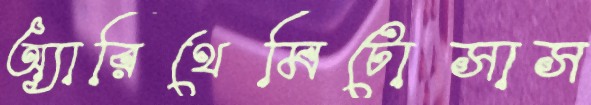
অ্যারিথেমিটোসাস